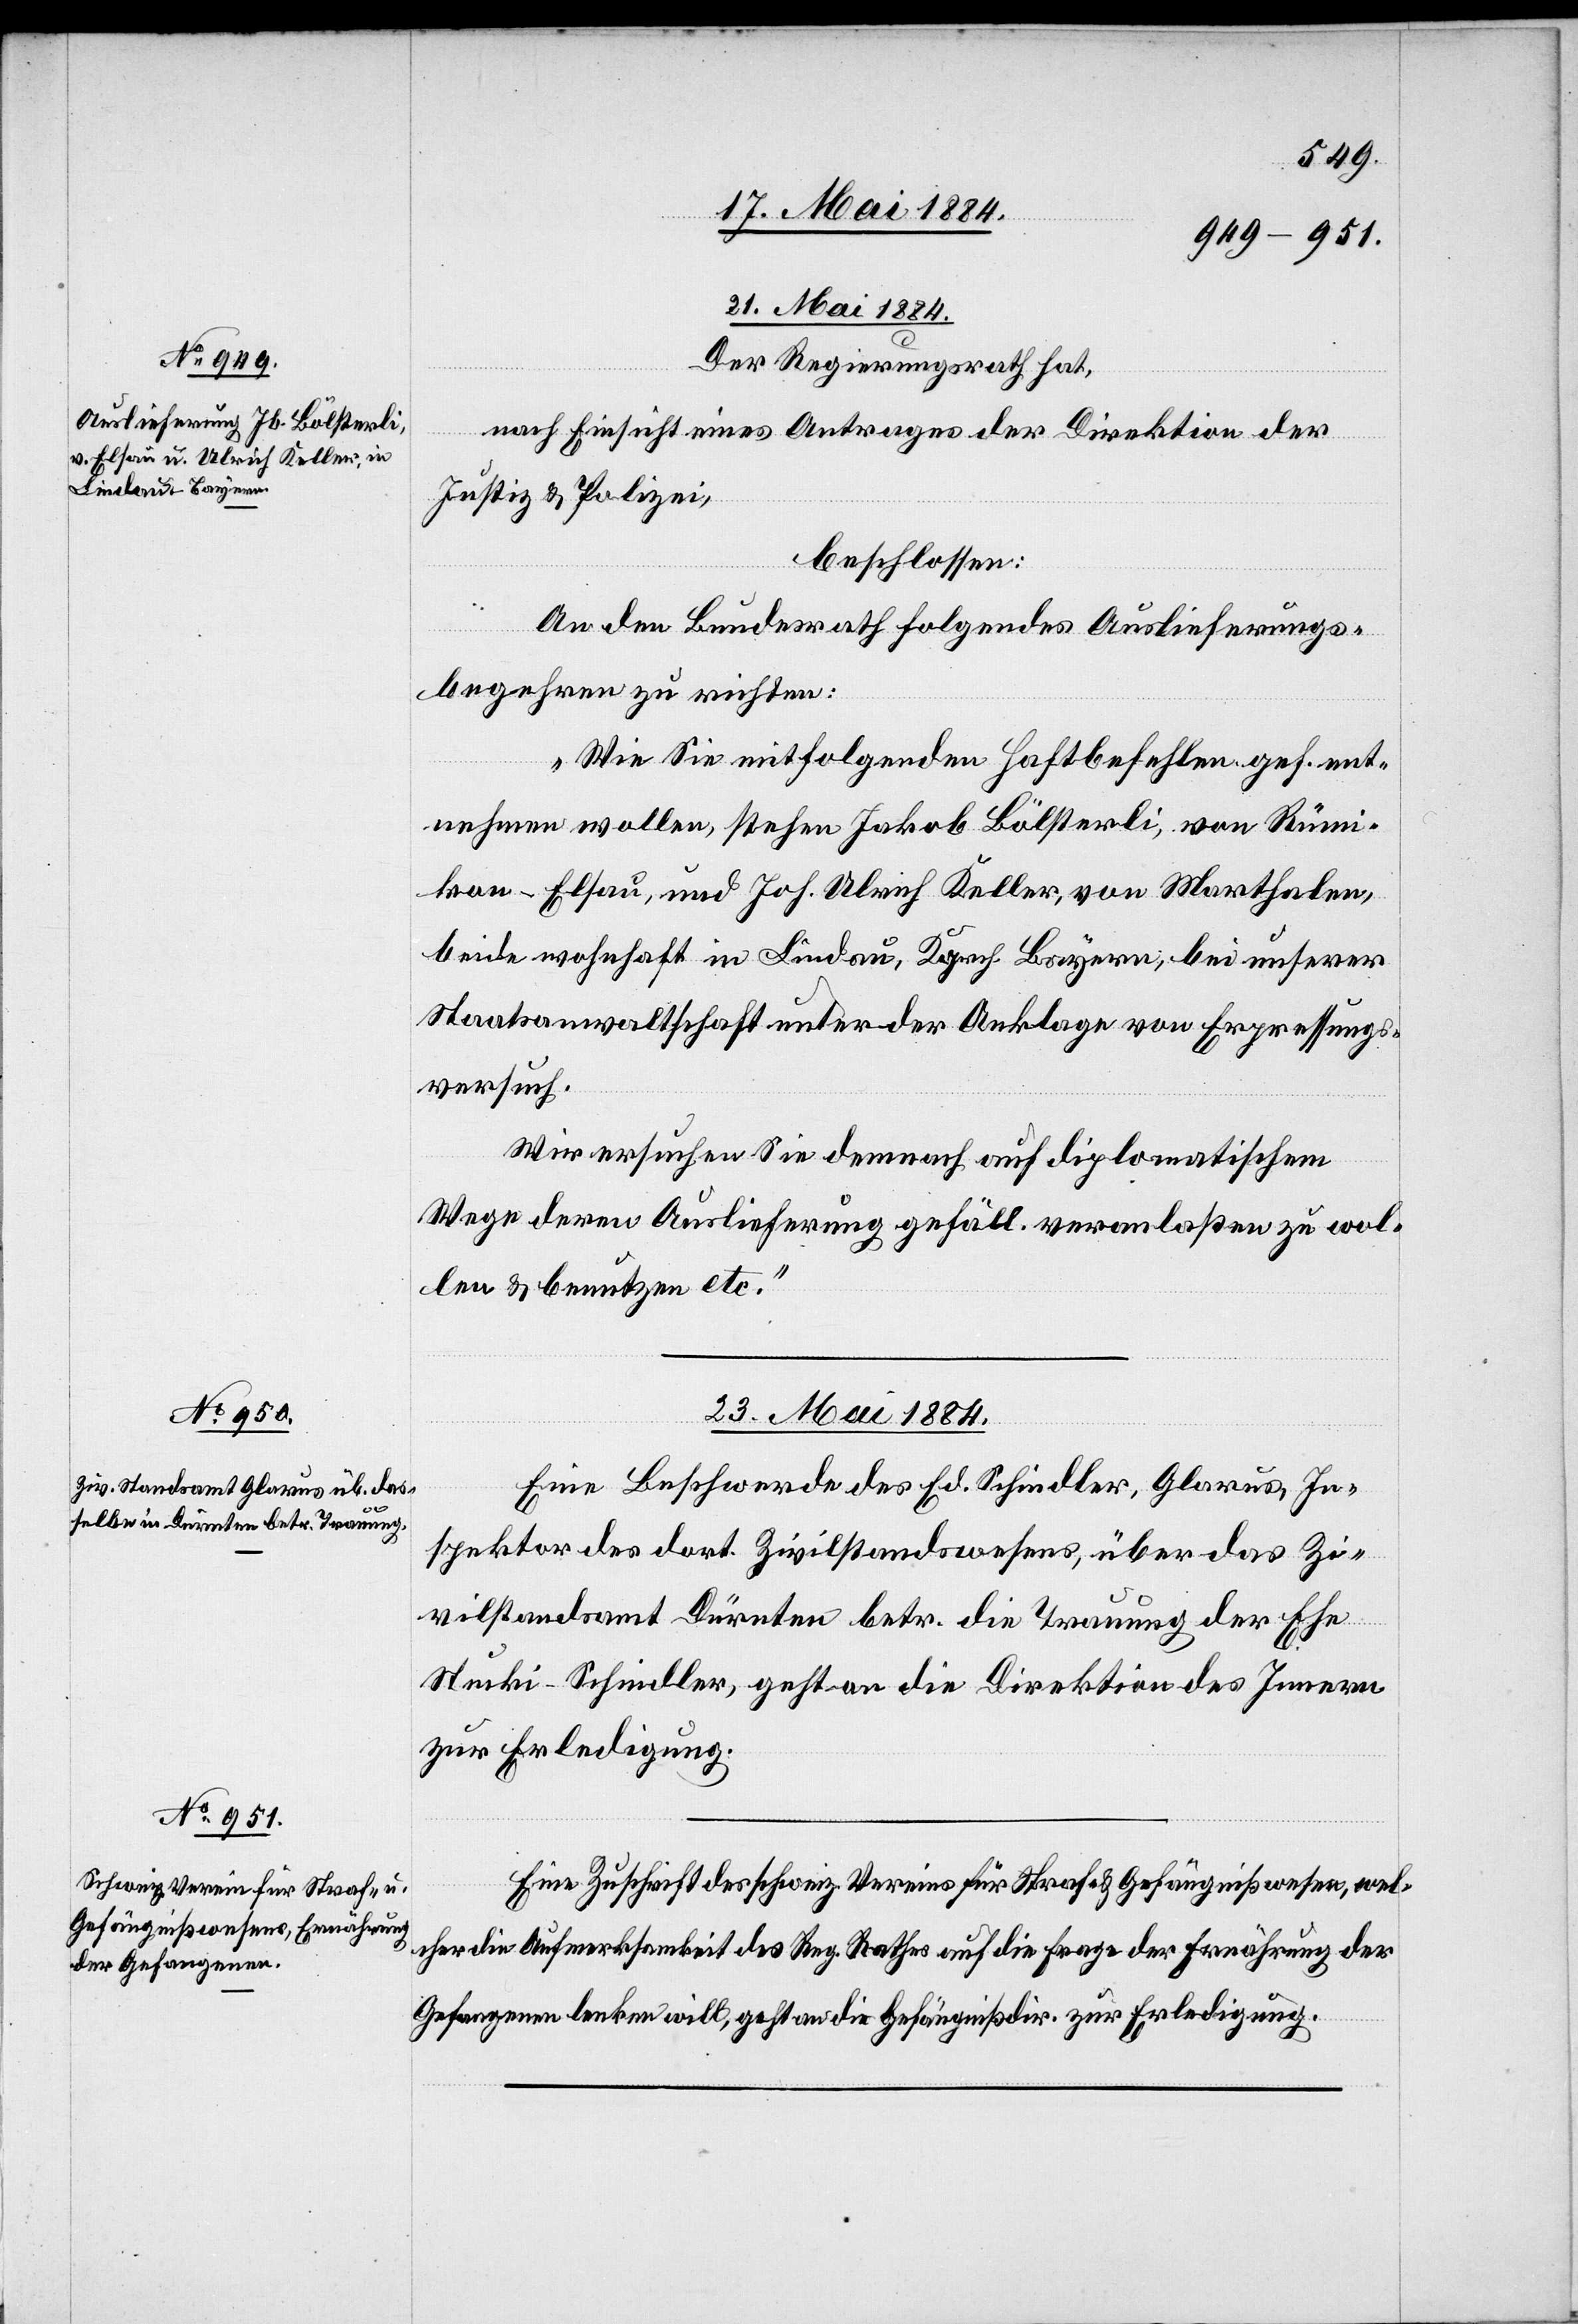
21. Mai 1884.
Der Regierungsrath hat,
nach Einsicht eines Antrages der Direktion der
Justiz & Polizei,
beschlossen:
An den Bundesrath folgendes Auslieferungs¬
begehren zu richten:
„Wie Sie mit folgenden Haftbefehlen gef. ent¬
nehmen wollen, stehen Jakob Bölsterli, von Rümi¬
kon - Elsau, und Joh. Ulrich Keller, von Marthalen,
beide wohnhaft in Lindau, Kgrch. Bayern, bei unserer
Staatsanwaltschaft unter der Anklage von Erpressungs¬
versuch.
Wir ersuchen Sie demnach auf diplomatischem
Wege deren Auslieferung gefäll. veranlaßen zu wol¬
len & benutzen etc.“
23. Mai 1884.]
Eine Beschwerde des Ed. Schindler, Glarus, In¬
spektor des dort. Zivilstandswesens, über das Zi¬
vilstandamt Dürnten betr. die Trauung der Ehe
Stucki-Schindler, geht an die Direktion des Innern
zur Erledigung.
Eine Zuschrift des schweiz. Vereins für Straf- & Gefängnißwesens, wel¬
cher die Aufmerksamkeit des Reg. Rathes auf die Frage der Ernährung der
Gefangenen lenken will, geht an die Gefängnißdirektion zur Erledigung.